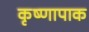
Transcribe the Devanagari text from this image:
कृष्णापाक